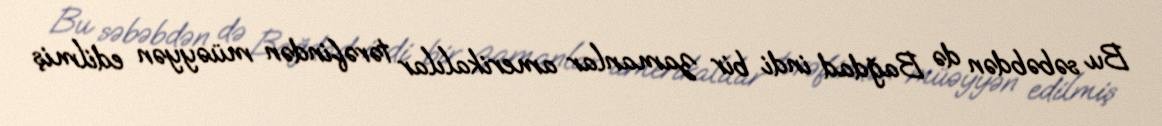
Bu səbəbdən də Bağdad indi bir zamanlar amerikalılar tərəfindən müəyyən edilmiş